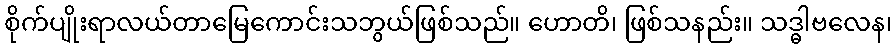
စိုက်ပျိုးရာလယ်တာမြေကောင်းသဘွယ်ဖြစ်သည်။ ဟောတိ၊ ဖြစ်သနည်း။ သဒ္ဓါဗလေန၊